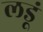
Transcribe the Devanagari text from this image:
लडूं